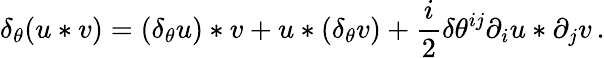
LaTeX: \delta_{\theta}(u*v)=(\delta_{\theta}u)*v+u*(\delta_{\theta}v)+\frac i2\delta\theta^{ij}\partial_{i}u*\partial_{j}v\, .